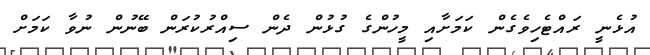
އުޅެނީ ރައްޓެހިވެގެން ކަމަށާއި މީހުންގެ ގުޅުން ދެން ސިއްރުކުރަން ބޭނުން ނުވާ ކަމަށް